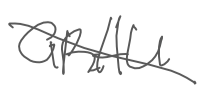
Text: GRAU
Cross-out: diagonal
Writing tool: digital_gray